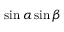
\sin \alpha \sin \beta